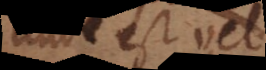
unde est vel